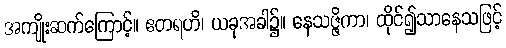
အကျိုးဆက်ကြောင့်။ ဧတရဟိ၊ ယခုအခါ၌။ နေသဇ္ဇိကာ၊ ထိုင်၍သာနေသဖြင့်